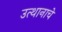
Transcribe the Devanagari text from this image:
उत्थानाचे